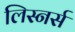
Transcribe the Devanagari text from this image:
लिस्नर्स